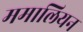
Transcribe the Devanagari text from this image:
ममालियन